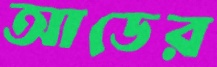
আডের